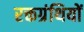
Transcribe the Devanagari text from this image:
रक्तग्रंथियों